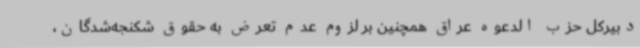
دبیرکل حزب الدعوه عراق همچنین بر لزوم عدم تعرض به حقوق شکنجه‌شدگان،